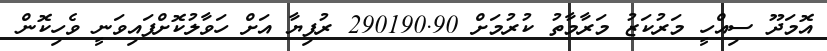
އޮމަދޫ ސިއްހީ މަރުކަޒު މަރާމާތު ކުރުމަށް 290190.90 ރުފިޔާ އަށް ހަވާލުކޮށްފައިވަނީ ވެހިކޮޮން